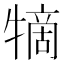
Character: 㹍